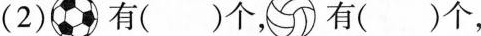
(2) 有( )个， 有( )个，